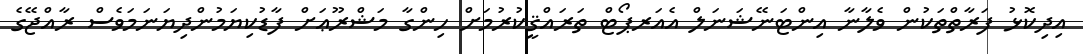
އިިދިކޮޅު ފަރާތްތަކުން ވެލާނާ އިންޓަނޭޝަނަލް އެއަރޕޯޓް ތަރައްޤީކުރުމަށް ހިންގާ މަޝްރޫޢަށް ފާޑުކިޔަމުންދިޔަނަމަވެސް ރާއްޖޭގެ